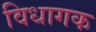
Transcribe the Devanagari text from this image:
विधागक